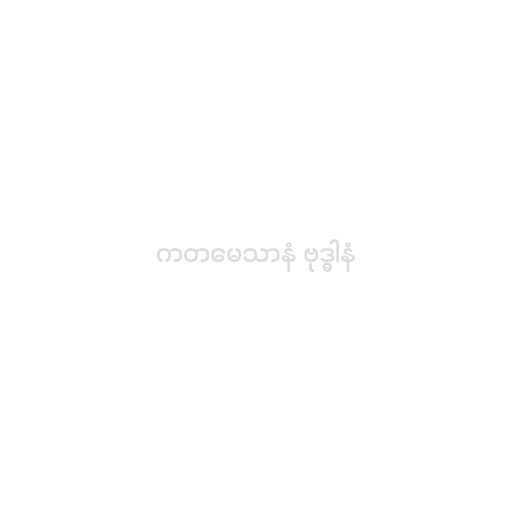
ကတမေသာနံ ဗုဒ္ဓါနံ